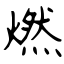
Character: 燃